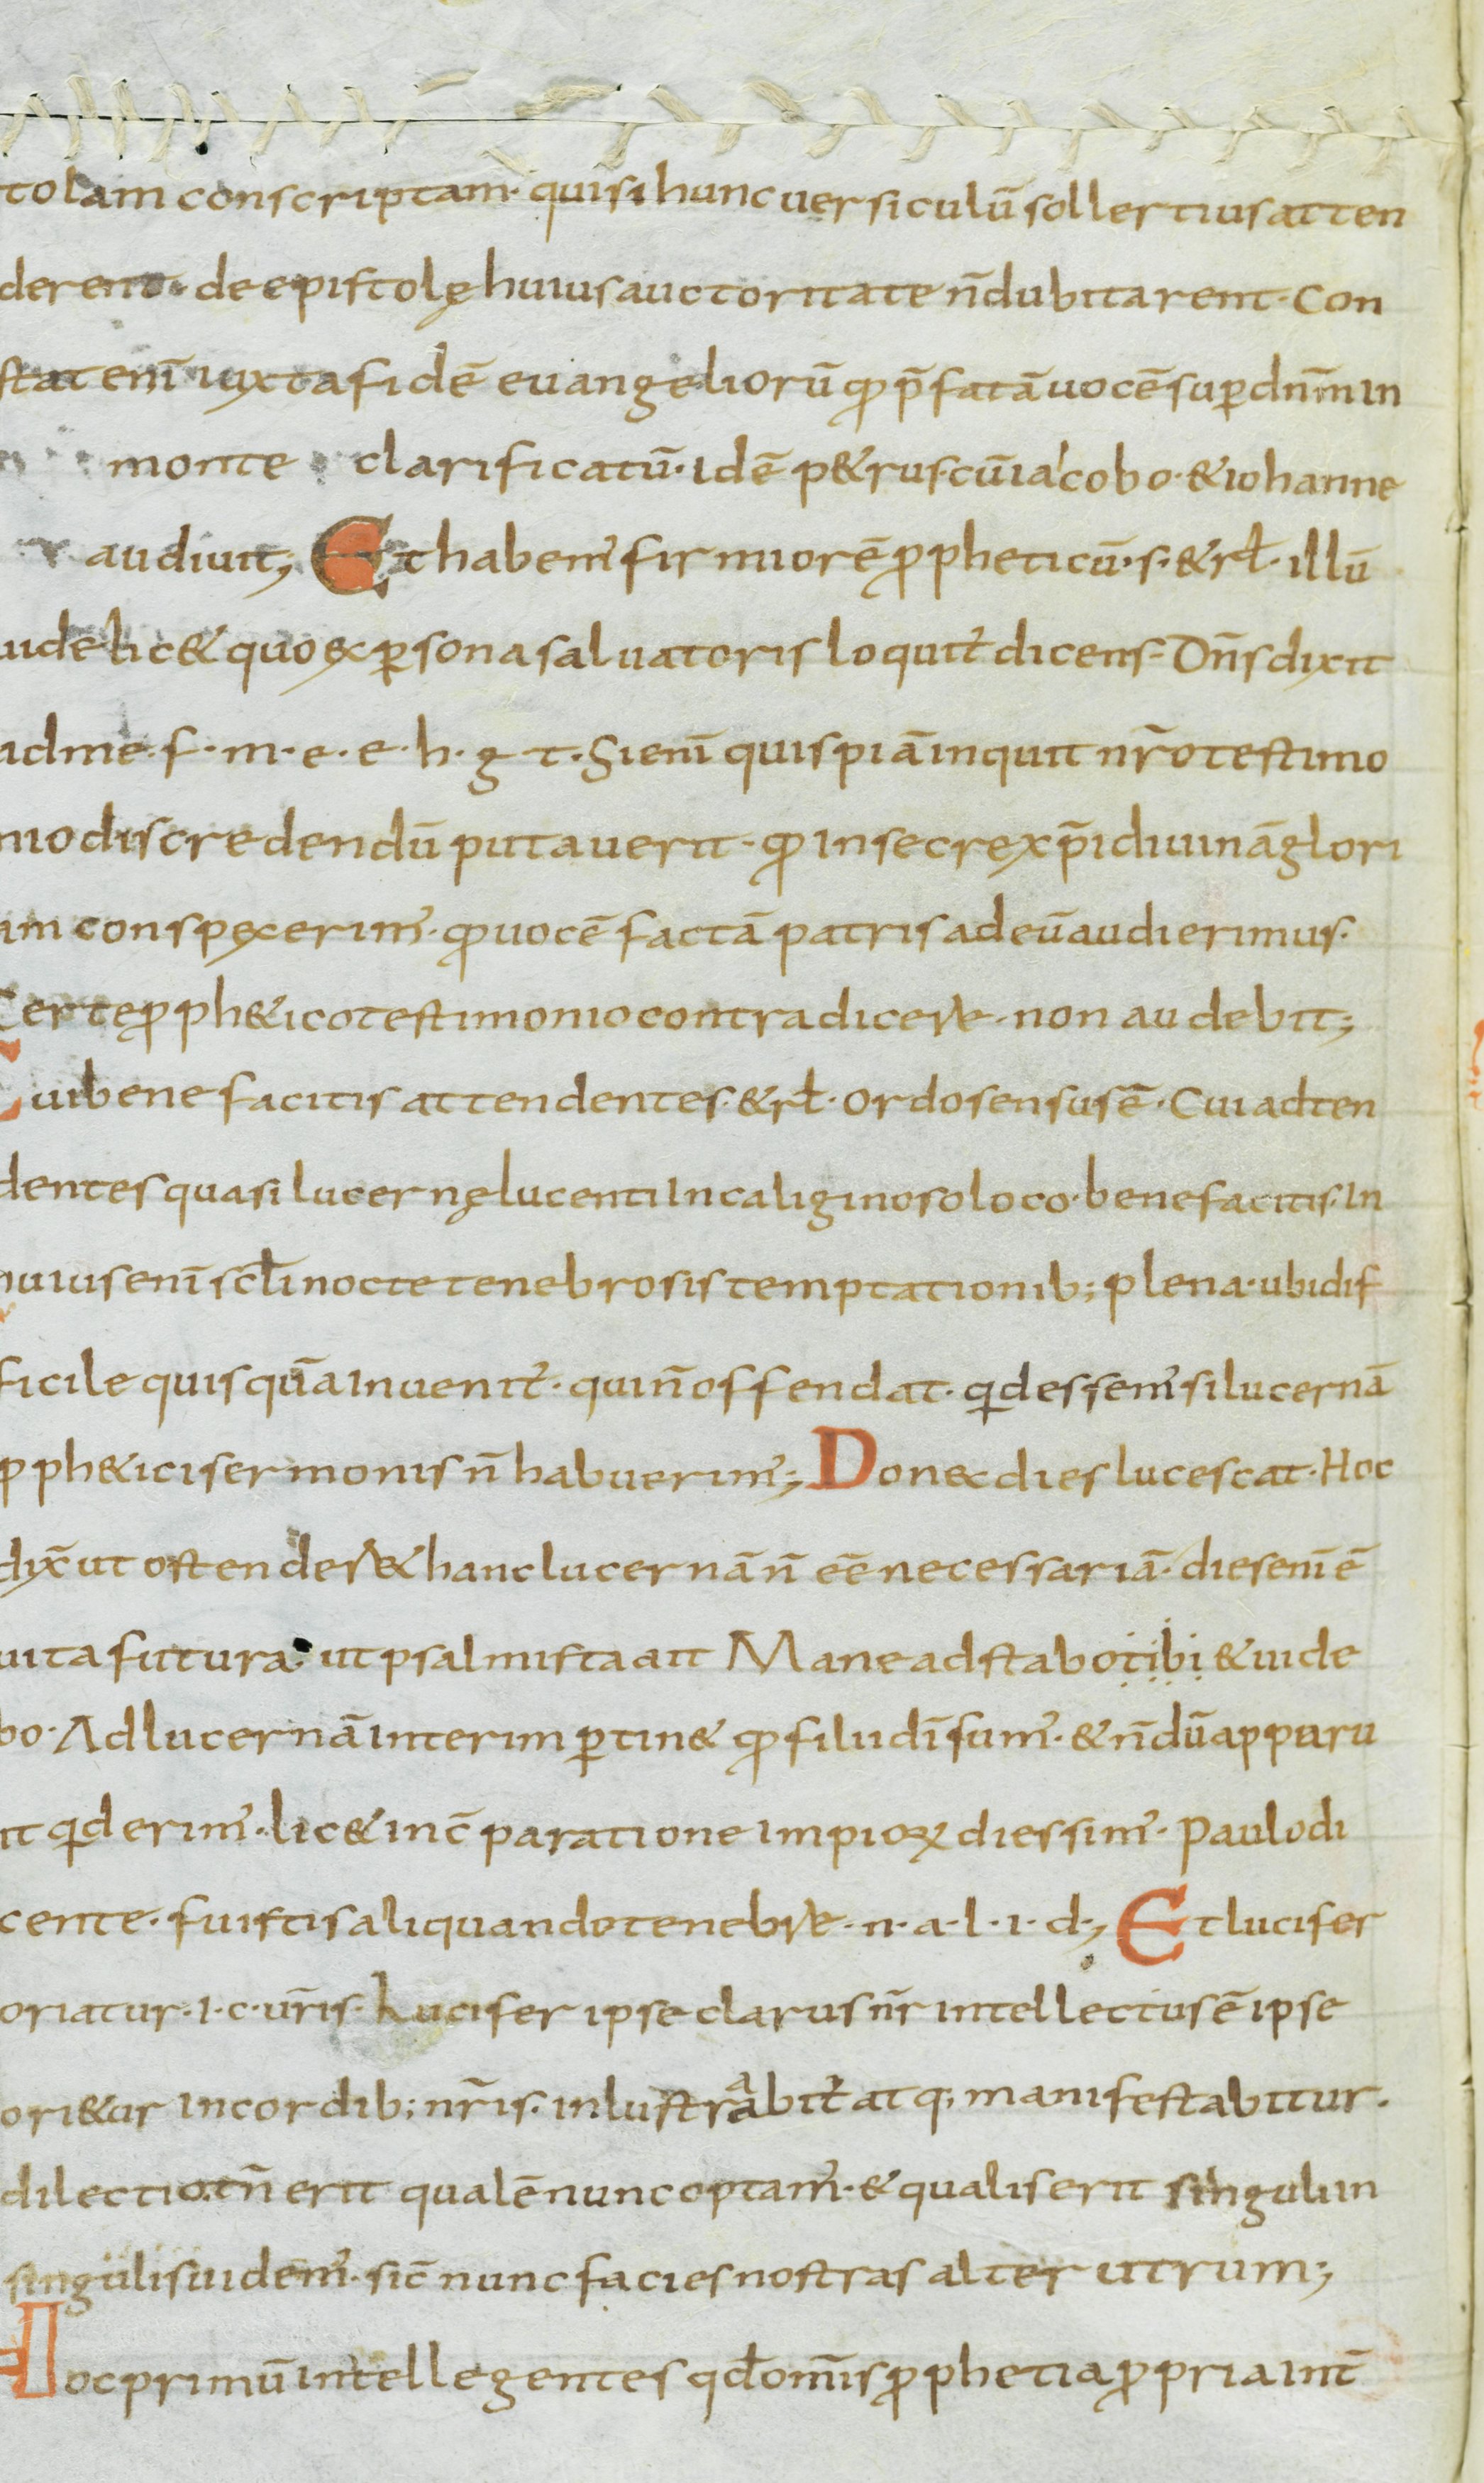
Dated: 800–899